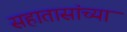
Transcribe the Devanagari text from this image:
सहातासांच्या